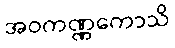
အဝကဏ္ဏကောသိ